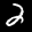
Label: 2